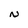
Character: N